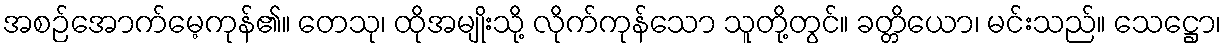
အစဉ်အောက်မေ့ကုန်၏။ တေသု၊ ထိုအမျိုးသို့ လိုက်ကုန်သော သူတို့တွင်။ ခတ္တိယော၊ မင်းသည်။ သေဋ္ဌော၊